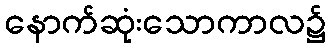
နောက်ဆုံးသောကာလ၌